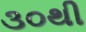
૩૦થી